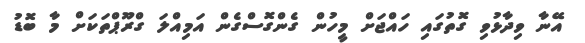
އޭނާ ވިދާޅުވި ގޮތުގައި ހައްޖަށް މީހުން ގެންގޮސްގެން އަމިއްލަ ގްރޫޕްތަކަށް މާ ބޮޑު